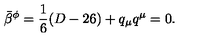
\bar { \beta } ^ { \phi } = \frac { 1 } { 6 } ( D - 2 6 ) + q _ { \mu } q ^ { \mu } = 0 .